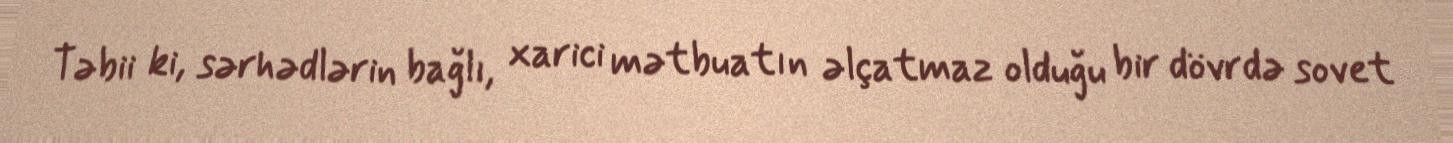
Təbii ki, sərhədlərin bağlı, xarici mətbuatın əlçatmaz olduğu bir dövrdə sovet